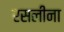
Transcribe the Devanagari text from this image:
रसलीना